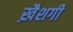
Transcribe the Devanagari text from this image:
ख़ैशगी